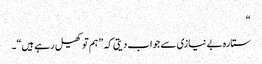
“
ستارہ بے نیازی سے جواب دیتی کہ ”ہم تو کھیل رہے ہیں“۔